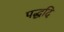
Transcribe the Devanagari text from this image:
पद्धदि